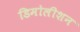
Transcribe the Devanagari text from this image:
डिमोलीशन